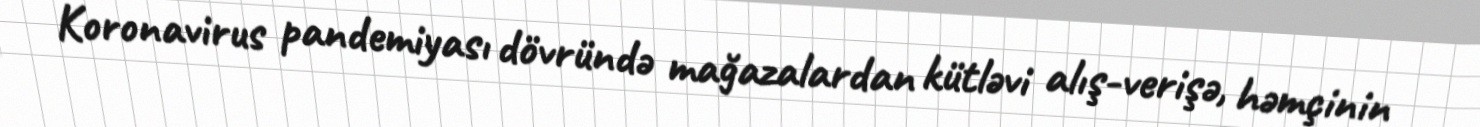
Koronavirus pandemiyası dövründə mağazalardan kütləvi alış-verişə, həmçinin